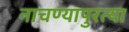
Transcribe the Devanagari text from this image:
नाचण्यापुरत्या